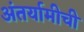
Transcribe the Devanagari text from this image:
अंतर्यामीची